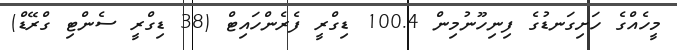
މީހެއްގެ ހަށިގަނޑުގެ ފިނިހޫނުމިން 100.4 ޑިގްރީ ފެރެންހައިޓް (38 ޑިގްރީ ސެންޓި ގްރޭޑް)